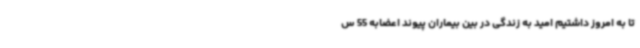
تا به امروز داشتیم امید به زندگی در بین بیماران پیوند اعضابه 55 س